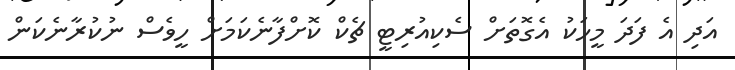
އަދި އެ ފަދަ މީހަކު އެގޮތަށް ސެކިއުރިޓީ ޗެކް ކޮށްފާނެކަމަށް ހީވެސް ނުކުރާނެކަން